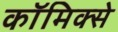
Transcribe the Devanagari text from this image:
काॅमिक्से